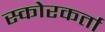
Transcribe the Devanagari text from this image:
स्कोरकर्ता